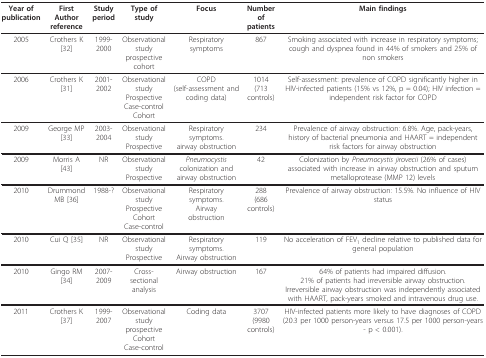
<table><thead><tr><td><b>Year of publication</b></td><td><b>First Author reference</b></td><td><b>Study period</b></td><td><b>Type of study</b></td><td><b>Focus</b></td><td><b>Number of patients</b></td><td><b>Main findings</b></td></tr></thead><tbody><tr><td>2005</td><td>Crothers K [32]</td><td>1999-2000</td><td>Observational study prospectivecohort</td><td>Respiratory symptoms</td><td>867</td><td>Smoking associated with increase in respiratory symptoms; cough and dyspnea found in 44% of smokers and 25% of non smokers</td></tr><tr><td>2006</td><td>Crothers K [31]</td><td>2001-2002</td><td>Observational studyProspectiveCase-controlCohort</td><td>COPD(self-assessment and coding data)</td><td>1014(713 controls)</td><td>Self-assessment: prevalence of COPD significantly higher in HIV-infected patients (15% vs 12%, p = 0.04); HIV infection = independent risk factor for COPD</td></tr><tr><td>2009</td><td>George MP [33]</td><td>2003-2004</td><td>Observational studyProspective</td><td>Respiratory symptoms.airway obstruction</td><td>234</td><td>Prevalence of airway obstruction: 6.8%. Age, pack-years, history of bacterial pneumonia and HAART = independent risk factors for airway obstruction</td></tr><tr><td>2009</td><td>Morris A [43]</td><td>NR</td><td>Observational studyProspective</td><td><i>Pneumocystis </i>colonization and airway obstruction</td><td>42</td><td>Colonization by <i>Pneumocystis jirovecii </i>(26% of cases) associated with increase in airway obstruction and sputum metalloprotease (MMP 12) levels</td></tr><tr><td>2010</td><td>Drummond MB [36]</td><td>1988-?</td><td>Observational study ProspectiveCohortCase-control</td><td>Respiratory symptoms.Airwayobstruction</td><td>288(686 controls)</td><td>Prevalence of airway obstruction: 15.5%. No influence of HIV status</td></tr><tr><td>2010</td><td>Cui Q [35]</td><td>NR</td><td>Observational studyProspective</td><td>Respiratory symptoms.Airway obstruction</td><td>119</td><td>No acceleration of FEV<sub>1 </sub>decline relative to published data for general population</td></tr><tr><td>2010</td><td>Gingo RM [34]</td><td>2007-2009</td><td>Cross-sectional analysis</td><td>Airway obstruction</td><td>167</td><td>64% of patients had impaired diffusion.21% of patients had irreversible airway obstruction.Irreversible airway obstruction was independently associated with HAART, pack-years smoked and intravenous drug use.</td></tr><tr><td>2011</td><td>Crothers K [37]</td><td>1999-2007</td><td>Observational study prospectiveCohortCase-control</td><td>Coding data</td><td>3707 (9980 controls)</td><td>HIV-infected patients more likely to have diagnoses of COPD (20.3 per 1000 person-years versus 17.5 per 1000 person-years - p &lt; 0.001).</td></tr></tbody></table>